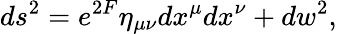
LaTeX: ds^{2}=e^{2F}\eta_{\mu\nu}dx^{\mu}dx^{\nu}+dw^{2},